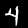
Label: 4